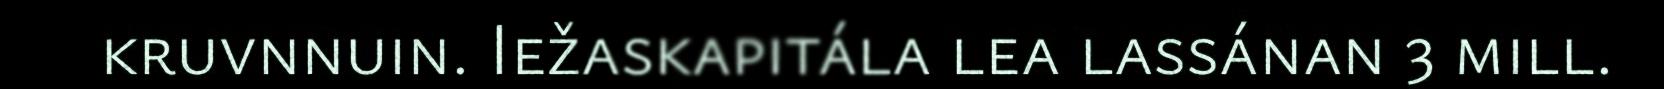
kruvnnuin. Iežaskapitála lea lassánan 3 mill.